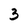
Character: 3